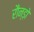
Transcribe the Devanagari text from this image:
रौन्ड़ो